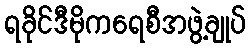
ရခိုင်ဒီမိုကရေစီအဖွဲ့ချုပ်